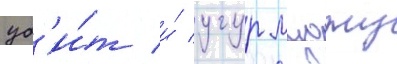
уб'и́т и́ угур муджу